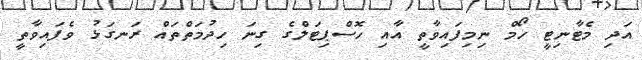
އަދި މެޓާނިޓީ ހޯމް ނިމިފައިވާތީ އާއި ހޮސްޕިޓަލްގެ ގިނަ ހިދުމަތްތައް ރަނގަޅު ވެފައިވާތީ